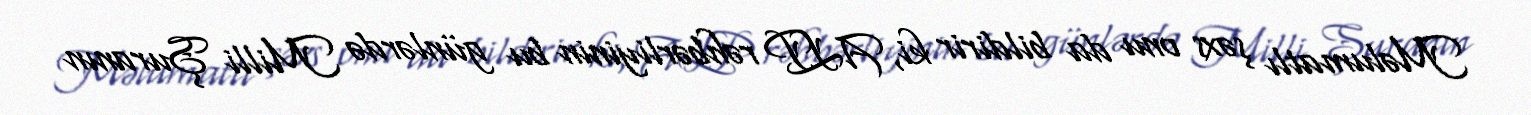
Məlumatlı şəxs onu da bildirir ki, ALP rəhbərliyinin bu günlərdə Milli Şuranın